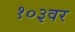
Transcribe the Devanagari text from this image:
१०३वर